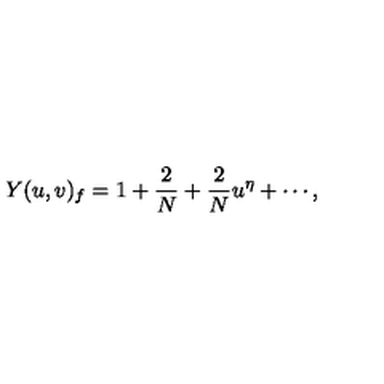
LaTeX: Y ( u , v ) _ { f } = 1 + \frac { 2 } { N } + \frac { 2 } { N } u ^ { \eta } + \cdots ,